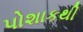
પોશાકથી